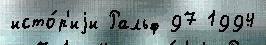
исто́р'иjи Ральф 97 1994